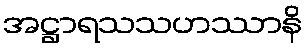
အဋ္ဌာရသသဟဿာနိ